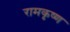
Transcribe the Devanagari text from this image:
रामकृष्‍ण